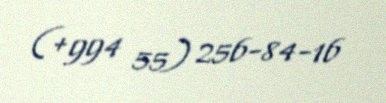
(+994 55) 256-84-16